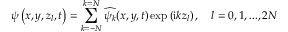
\psi \left( x , y , z _ { l } , t \right) = \sum _ { k = - N } ^ { k = N } \widehat { \psi _ { k } } ( x , y , t ) \exp \left( \mathrm { i } k z _ { l } \right) , \quad l = 0 , 1 , . . . , 2 N